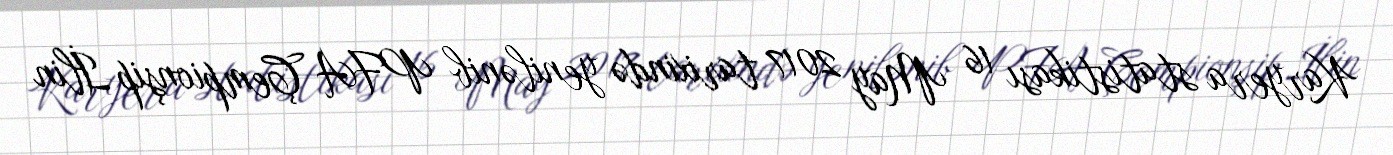
Karyera statistikası 16 May 2017 tarixində yenilənib PFA Çempionşip İlin